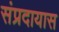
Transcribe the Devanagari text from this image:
संप्रदायास